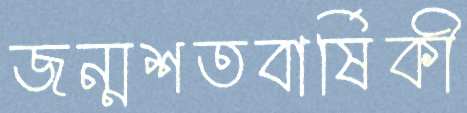
জন্মশতবার্ষিকী